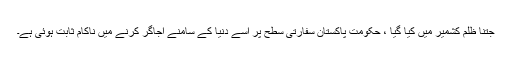
جتنا ظلم کشمیر میں کیا گیا ، حکومت پاکستان سفارتی سطح پر اسے دنیا کے سامنے اجاگر کرنے میں ناکام ثابت ہوئی ہے۔